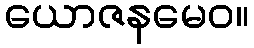
ယောဇနမေဝ။